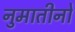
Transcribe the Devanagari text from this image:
नुमातीनो